Indian journal of veterinary science and animal husbandry - Volumes 18-21, 1948-1951
Year: 1948
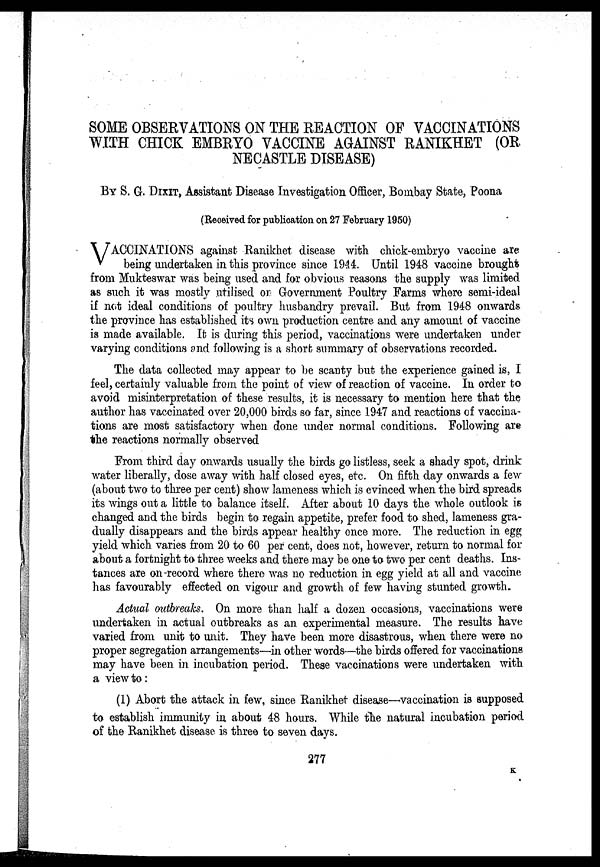
SOME OBSERVATIONS ON THE REACTION OF VACCINATIONS
WITH CHICK EMBRYO VACCINE AGAINST RANIKHET (OR
NECASTLE DISEASE)
BY S. G. DIXIT, Assistant Disease Investigation Officer, Bombay State, Poona
(Received for publication on 27 February 1950)
VACCINATIONS against Ranikhet disease with chick-embryo vaccine are
being undertaken in this province since 1944. Until 1948 vaccine brought
from Mukteswar was being used and for obvious reasons the supply was limited
as such it was mostly utilised or Government Poultry Farms where semi-ideal
if not ideal conditions of poultry husbandry prevail. But from 1948 onwards
the province has established its own production centre and any amount of vaccine
is made available. It is during this period, vaccinations were undertaken under
varying conditions and following is a short summary of observations recorded.
The data collected may appear to be scanty but the experience gained is, I
feel, certainly valuable from the point of view of reaction of vaccine. In order to
avoid misinterpretation of these results, it is necessary to mention here that the
author has vaccinated over 20,000 birds so far, since 1947 and reactions of vaccina-
tions are most satisfactory when done under normal conditions. Following are
the reactions normally observed
From third day onwards usually the birds go listless, seek a shady spot, drink
water liberally, dose away with half closed eyes, etc. On fifth day onwards a few
(about two to three per cent) show lameness which is evinced when the bird spreads
its wings out a little to balance itself. After about 10 days the whole outlook is
changed and the birds begin to regain appetite, prefer food to shed, lameness gra-
dually disappears and the birds appear healthy once more. The reduction in egg
yield which varies from 20 to 60 per cent, does not, however, return to normal for
about a fortnight to three weeks and there may be one to two per cent deaths. Ins-
tances are on-record where there was no reduction in egg yield at all and vaccine
has favourably effected on vigour and growth of few having stunted growth.
Actual outbreaks. On more than half a dozen occasions, vaccinations were
undertaken in actual outbreaks as an experimental measure. The results have
varied from unit to unit. They have been more disastrous, when there were no
proper segregation arrangements—in other words—the birds offered for vaccinations
may have been in incubation period. These vaccinations were undertaken with
a view to:
(1) Abort the attack in few, since Ranikhet disease—vaccination is supposed
to establish immunity in about 48 hours. While the natural incubation period
of the Ranikhet disease is three to seven days.
277
K